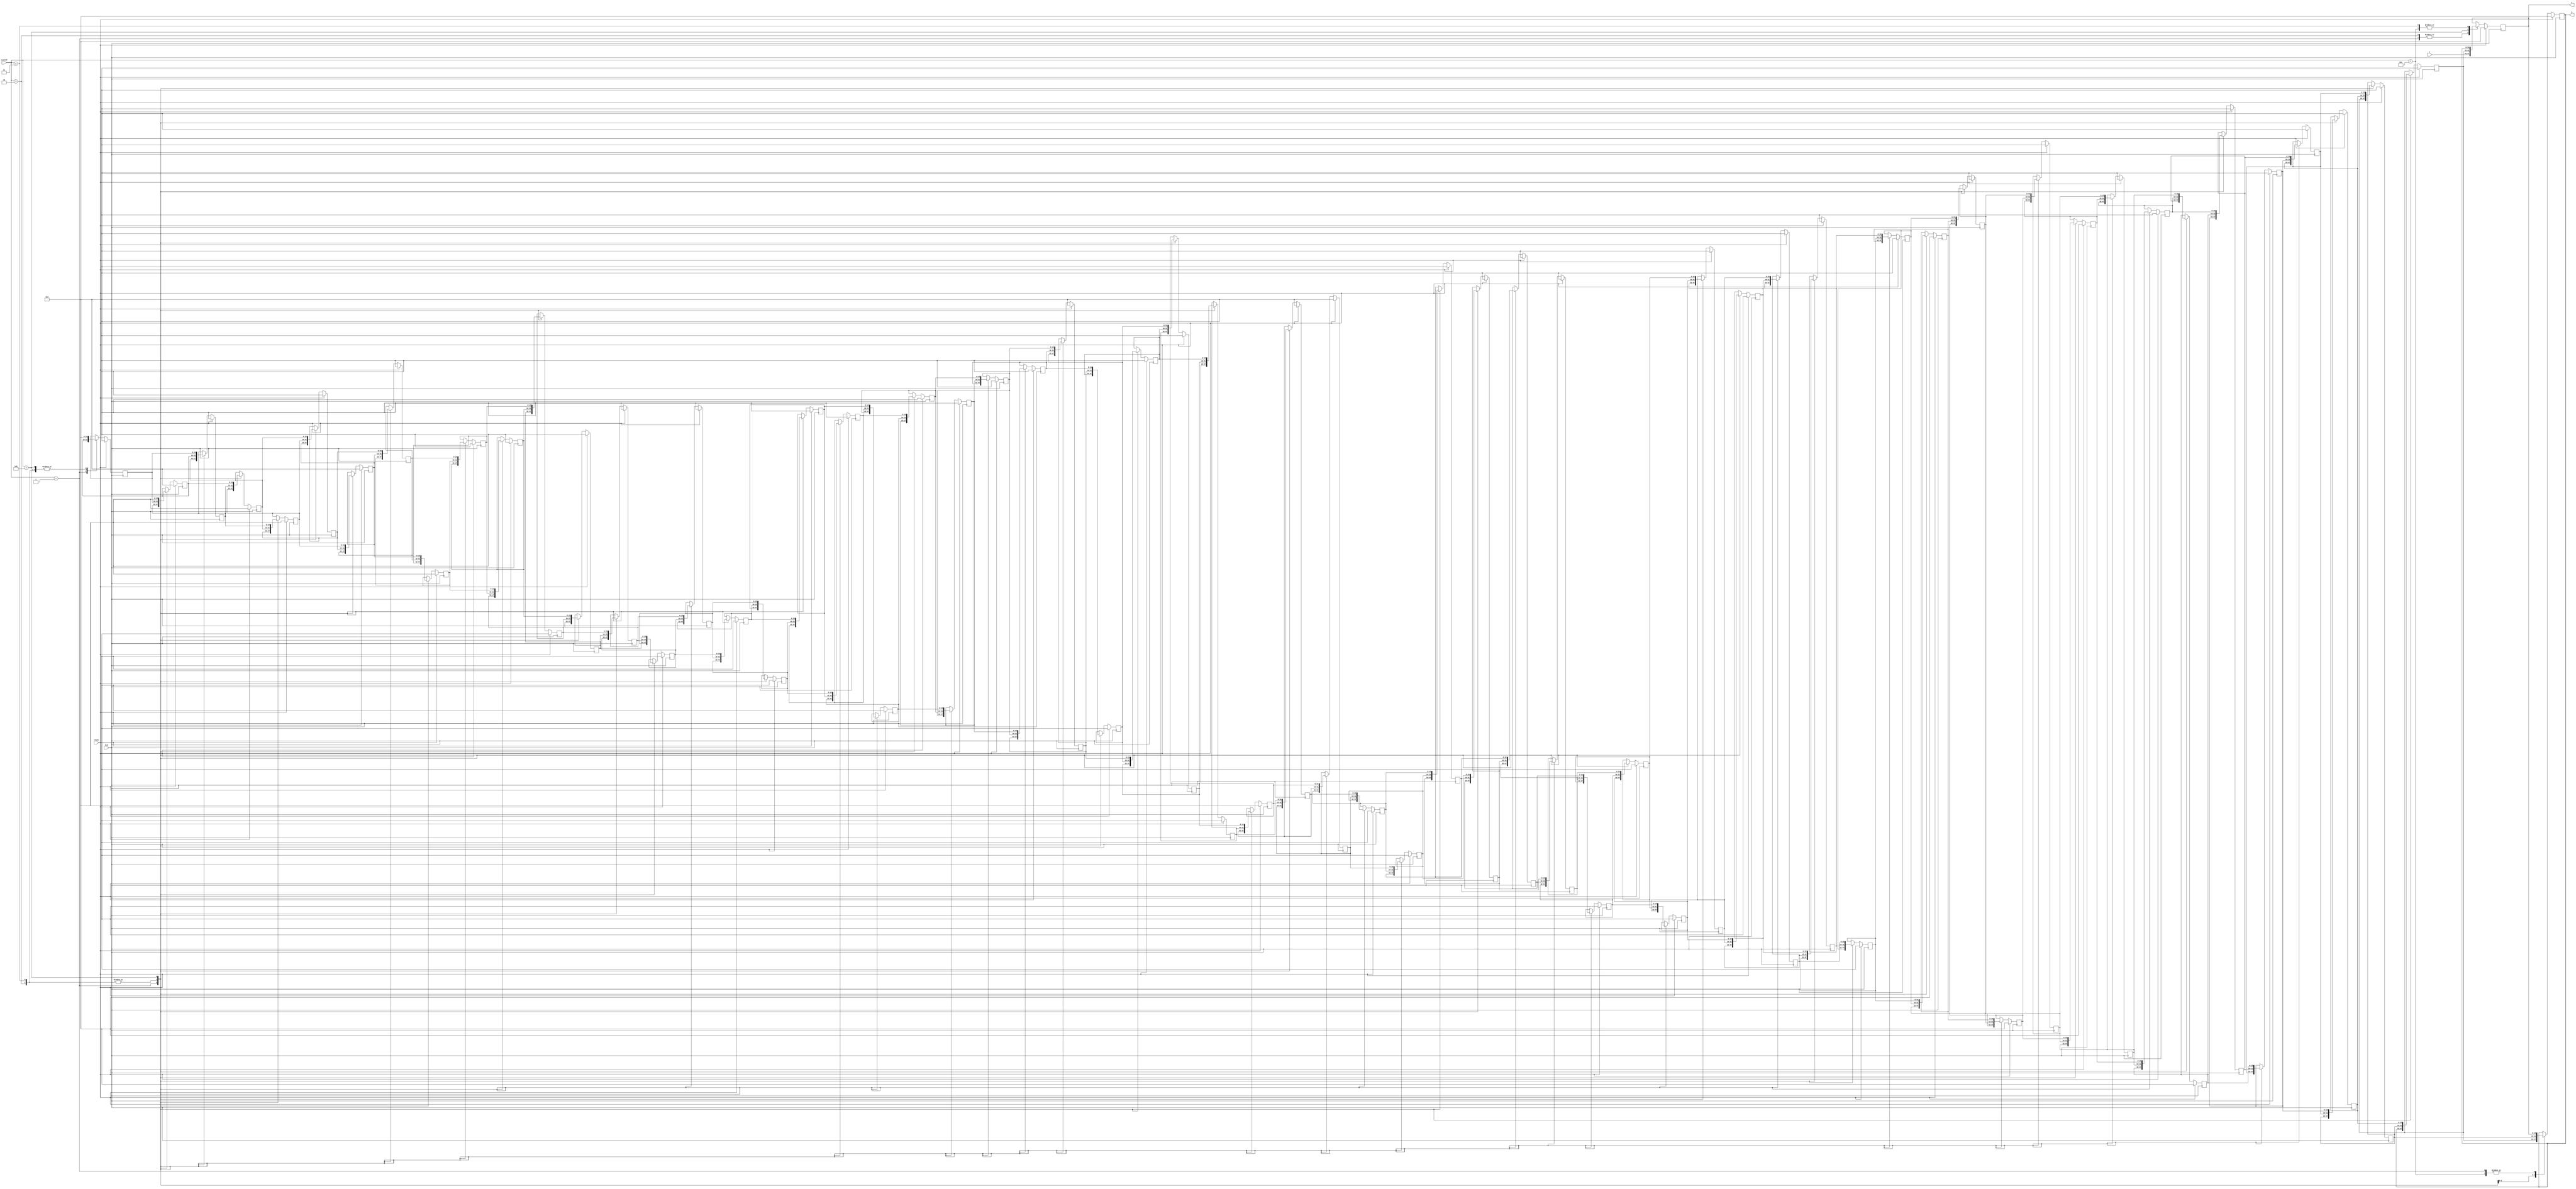
module register_stack(a, b, stackOP, w, reset, CLK);
	output [15:0] a;
   output [15:0] b;
	input [2:0] stackOP;
   input [15:0] w;
	input reset;
   input CLK;
	 
	localparam stackSize = 64;
	 
	reg [15:0] stack [stackSize-1:0];
	 
	integer i;

	assign a = stack[0];
	assign b = stack[1];
	
	always @ (negedge CLK) begin
		case(stackOP)
			1: begin // push
				for(i = stackSize - 1; i > 0; i = i - 1)
					stack[i] <= stack[i-1];
				stack[0] <= w;
			end
			
			2: begin // pop and replace
				for(i = 1; i < stackSize - 1; i = i + 1)
					stack[i] <= stack[i+1];
				stack[stackSize - 1] <= 0;
				stack[0] <= w;
			end
			
			3: begin // pop
				for(i = 0; i < stackSize - 1; i = i + 1)
					stack[i] <= stack[i+1];
				stack[stackSize - 1] <= 0;
			end
			
			4: begin // pop 2
				for(i = 0; i < stackSize - 2; i = i + 1)
					stack[i] <= stack[i+2];
				stack[stackSize - 2] <= 0;
				stack[stackSize - 1] <= 0;
			end
			
			5: begin // swap
				stack[0] <= stack[1];
				stack[1] <= stack[0];
			end
			default: begin end
		endcase
		
		if (reset == 1)
			for (i = 0; i < stackSize; i = i + 1)
				stack[i] <= 0;
	end
endmodule